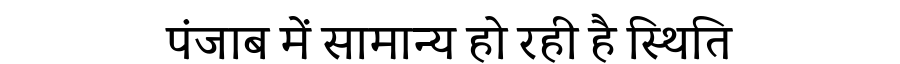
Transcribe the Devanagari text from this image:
पंजाब में सामान्य हो रही है स्थिति